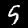
Label: 5